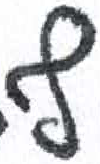
אות: ף